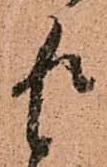
返